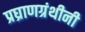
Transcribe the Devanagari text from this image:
प्रघ्राणग्रंथीनी